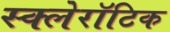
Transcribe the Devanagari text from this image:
स्क्लेरॉटिक